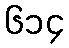
၆၁၄